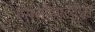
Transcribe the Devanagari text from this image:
एससीआरयूएम